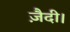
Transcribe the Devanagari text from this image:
ज़ैदी।